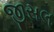
જીસલ